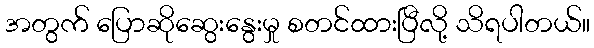
အတွက် ပြောဆိုဆွေးနွေးမှု စတင်ထားပြီလို့ သိရပါတယ်။